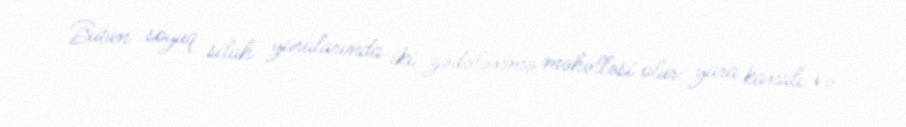
Bütün soyuq silah yaralarında iki zədələnmə məhəlləsi olur: yara kanalı və